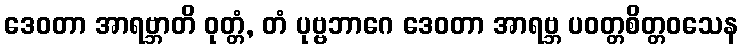
ဒေဝတာ အာရဗ္ဘာတိ ဝုတ္တံ, တံ ပုဗ္ဗဘာဂေ ဒေဝတာ အာရဗ္ဘ ပဝတ္တစိတ္တဝသေန